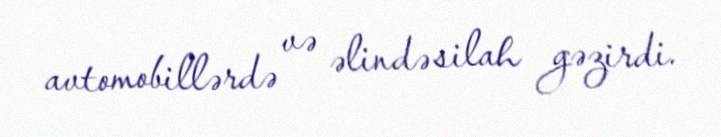
avtomobillərdə və əlində silah gəzirdi.